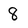
Character: 8